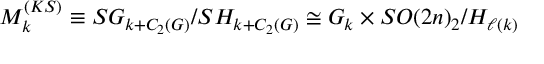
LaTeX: M _ { k } ^ { \tiny ( K S ) } \equiv { \cal S } G _ { k + C _ { 2 } ( G ) } / { \cal S } H _ { k + C _ { 2 } ( G ) } \cong G _ { k } \times S O ( 2 n ) _ { 2 } / H _ { \ell ( k ) }